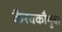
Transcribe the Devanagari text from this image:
कैरवकौमुदी